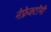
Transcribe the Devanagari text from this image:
नेफ्रेक्टॉमी